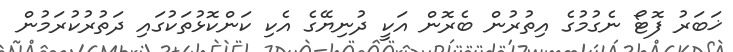
ޚަބަރު ފޮޓޯ ނެގުމުގެ އިތުރުން ބެރޮން އަކީ ދުނިޔޭގެ އެކި ކަންކޮޅުތަކުގައި ދަތުރުކުރަމުން